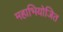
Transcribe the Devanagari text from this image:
महाभियोजित